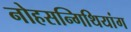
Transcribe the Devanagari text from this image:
नोहसन्गिथियांग